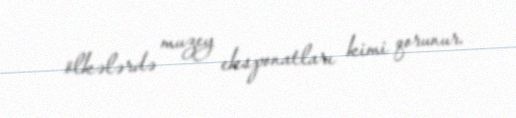
ölkələrdə muzey eksponatları kimi qorunur.